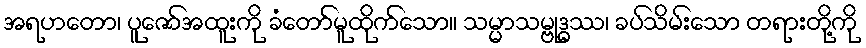
အရဟတော၊ ပူဇော်အထူးကို ခံတော်မူထိုက်သော။ သမ္မာသမ္ဗုဒ္ဓဿ၊ ခပ်သိမ်းသော တရားတို့ကို